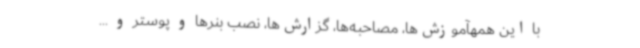
با این همهآموزش‌ها، مصاحبه‌ها، گزارش‌ها، نصب بنرها و پوستر و ...